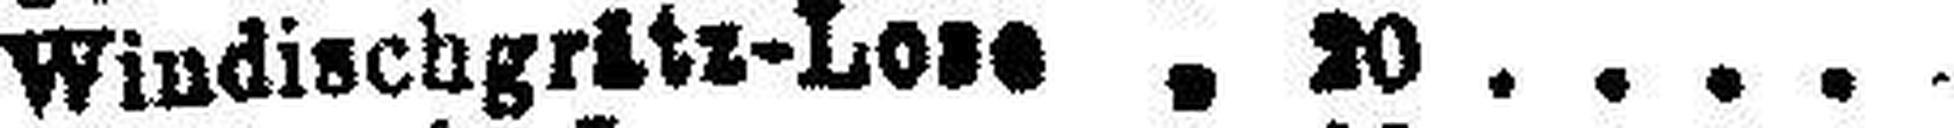
Windischgritz-Lose " 20